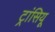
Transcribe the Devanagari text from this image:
ट्रांसियू